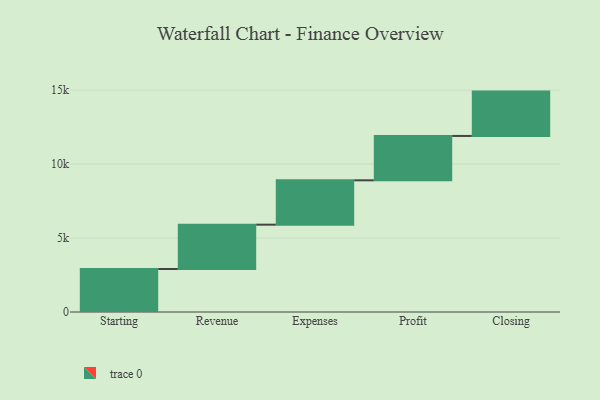
{"axis": {"x": "Step", "y": "Value"}, "legend": [""], "data": [{"x": "Starting", "y": 2907.0, "type": ""}, {"x": "Revenue", "y": 3000, "type": ""}, {"x": "Expenses", "y": 3000, "type": ""}, {"x": "Profit", "y": 3000, "type": ""}, {"x": "Closing", "y": 3000, "type": ""}]}